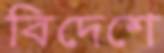
বিদেশে